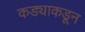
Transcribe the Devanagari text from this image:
कड्याकडून